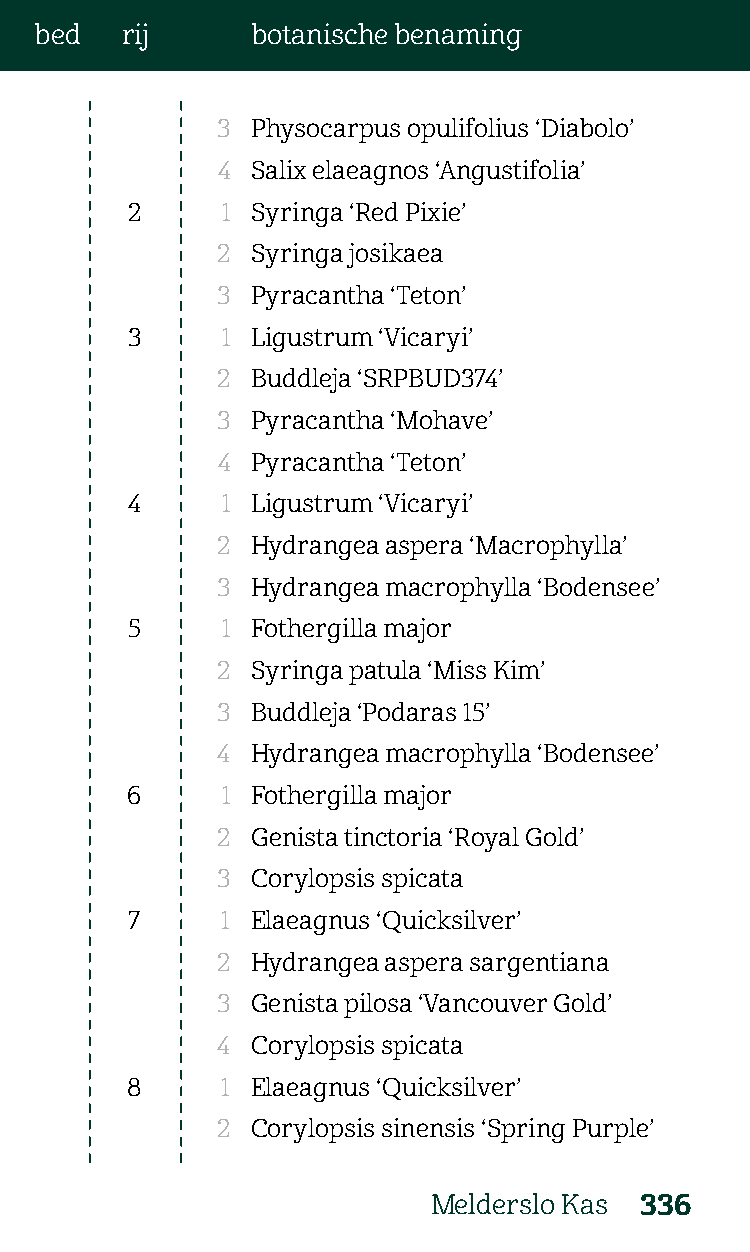
bed   rij      botanische benaming
 3  Physocarpus opulifolius ‘Diabolo’
 4  Salix elaeagnos ‘Angustifolia’
 2      1 Syringa ‘Red Pixie’
 2  Syringa josikaea
 3  Pyracantha ‘Teton’
 3      1 Ligustrum ‘Vicaryi’
 2  Buddleja ‘SRPBUD374’
 3  Pyracantha ‘Mohave’
 4  Pyracantha ‘Teton’
 4      1 Ligustrum ‘Vicaryi’
 2  Hydrangea aspera ‘Macrophylla’
 3  Hydrangea macrophylla ‘Bodensee’
 5      1 Fothergilla major
 2  Syringa patula ‘Miss Kim’
 3  Buddleja ‘Podaras 15’
 4  Hydrangea macrophylla ‘Bodensee’
 6      1 Fothergilla major
 2  Genista tinctoria ‘Royal Gold’
 3  Corylopsis spicata
 7     1 Elaeagnus ‘Quicksilver’
 2  Hydrangea aspera sargentiana
 3  Genista pilosa ‘Vancouver Gold’
 4  Corylopsis spicata
 8      1 Elaeagnus ‘Quicksilver’
 2  Corylopsis sinensis ‘Spring Purple’
 Melderslo Kas 336